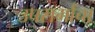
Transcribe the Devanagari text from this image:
उपसर्गाचा